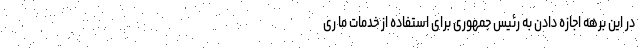
در این برهه اجازه دادن به رئیس جمهوری برای استفاده از خدمات ما ری